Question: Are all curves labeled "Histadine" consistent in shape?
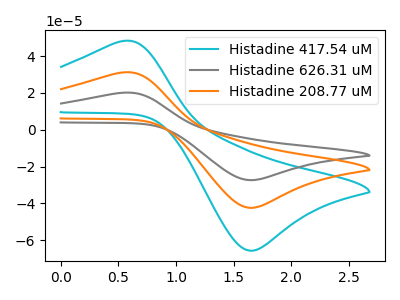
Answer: <think>The cyan curve "Histadine 417.54 uM" has an anodic peak at (0.55V, 48.10uA) and a cathodic peak at (1.65V, -65.70uA). The gray curve "Histadine 626.31 uM" has an anodic peak at (0.55V, 62.10uA) and a cathodic peak at (1.65V, -84.85uA). The orange curve "Histadine 208.77 uM" has an anodic peak at (0.55V, 31.05uA) and a cathodic peak at (1.65V, -42.45uA).
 All the peaks in "Histadine 417.54 uM" have a peak in "Histadine 626.31 uM" at the same potential. Every peak in "Histadine 417.54 uM" is lower than every peak in "Histadine 626.31 uM". All the peaks in "Histadine 417.54 uM" have a peak in "Histadine 208.77 uM" at the same potential. Every peak in "Histadine 417.54 uM" is higher than every peak in "Histadine 208.77 uM". All the peaks in "Histadine 626.31 uM" have a peak in "Histadine 208.77 uM" at the same potential. Every peak in "Histadine 626.31 uM" is higher than every peak in "Histadine 208.77 uM".</think>
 <answer>All the CV's of "Histadine" have similar shape.</answer>
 <eval>follow_rule</eval>